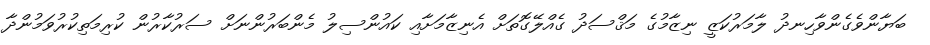
ބަޔާންވެގެންވާހިނދު ލާމަރުކަޒީ ނިޒާމުގެ މަޤްސަދު ގެއްލޭގޮތަށް އެނިޒާމަށާއި ކައުންސިލު މެންބަަރުންނަށް ސަރުކާރުން ކުރިމަތިކުރުވަމުންދާ